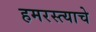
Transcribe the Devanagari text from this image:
हमरस्त्याचे